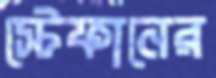
স্টেফানের